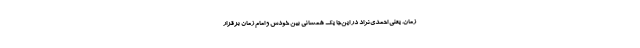
زمان. یعنی احمدی‌نژاد در این‌جا یک همسانی بین خودش و امام زمان برقرار